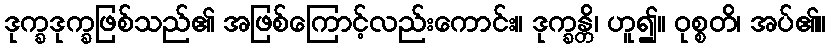
ဒုက္ခဒုက္ခဖြစ်သည်၏ အဖြစ်ကြောင့်လည်းကောင်း။ ဒုက္ခန္တိ၊ ဟူ၍။ ဝုစ္စတိ၊ အပ်၏။